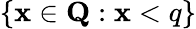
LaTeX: \{ \mathbf{x}\in{\textbf{{Q}}}:\mathbf{x}<q\}